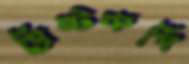
প্রিন্টকপি